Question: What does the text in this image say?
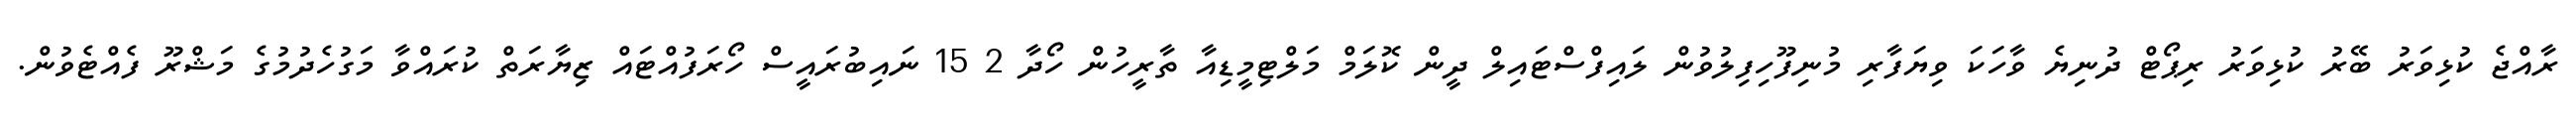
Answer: ރާއްޖެ ކުޅިވަރު ބޭރު ކުޅިވަރު ރިޕޯޓް ދުނިޔެ ވާހަކަ ވިޔަފާރި މުނިފޫހިފިލުވުން ލައިފްސްޓައިލް ދީން ކޮލަމް މަލްޓިމީޑިއާ ތާރީހުން ހޯދާ 2 15 ނައިބުރައީސް ހޯރަފުއްޓައް ޒިޔާރަތް ކުރައްވާ މަގުހެދުމުގެ މަޝްރޫ ފެއްޓެވުން.